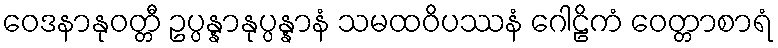
ဝေဒနာနုဝတ္တီ ဥပ္ပန္နာနုပ္ပန္နာနံ သမထဝိပဿနံ ဂေါဠိကံ ဝေတ္တာစာရံ